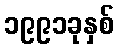
၁၉၉၁ခုနှစ်